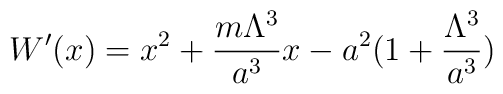
W^{\prime}(x)=x^2+\frac{m\Lambda^3}{a^3}x-a^2(1+\frac{\Lambda^3}{a^3})